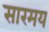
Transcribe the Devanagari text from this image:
सारमय